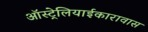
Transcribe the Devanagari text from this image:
ऑस्ट्रेलियाईकारावास